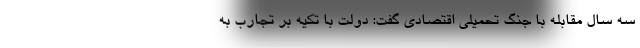
سه سال مقابله با جنگ تحمیلی اقتصادی گفت: دولت با تکیه بر تجارب به